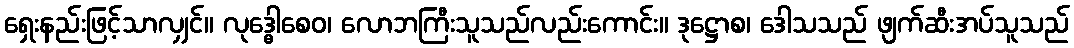
ရှေးနည်းဖြင့်သာလျှင်။ လုဒ္ဓေါစေဝ၊ လောဘကြီးသူသည်လည်းကောင်း။ ဒုဋ္ဌောစ၊ ဒေါသသည် ဖျက်ဆီးအပ်သူသည်